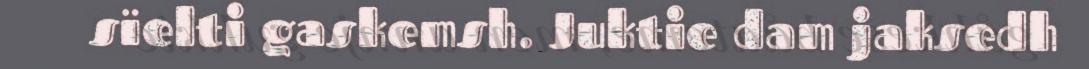
sïelti gaskemsh. Juktie dam jaksedh